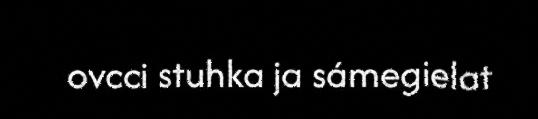
ovcci stuhka ja sámegielat